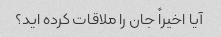
آیا اخیراً جان را ملاقات کرده اید؟